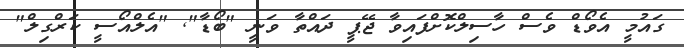
ގައުމީ އެވޯޑް ވެސް ހާސިލްކޮށްފައިވާ ޖޭޕީ ދައްތާ ވަނީ "ބޯޑާ"